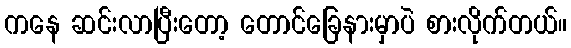
ကနေ ဆင်းလာပြီးတော့ တောင်ခြေနားမှာပဲ စားလိုက်တယ်။